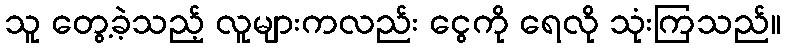
သူ တွေ့ခဲ့သည့် လူများကလည်း ငွေကို ရေလို သုံးကြသည်။